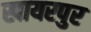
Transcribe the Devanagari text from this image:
खायरपुर